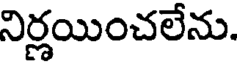
నిర్ణయించలేను.